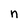
Character: n